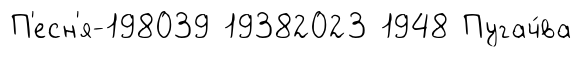
П'есн'я-198039 19382023 1948 Пугач́ва